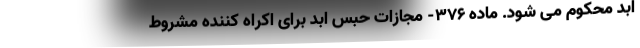
ابد محکوم می شود. ماده ۳۷۶- مجازات حبس ابد برای اکراه کننده مشروط